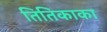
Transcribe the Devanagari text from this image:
तितिकाका